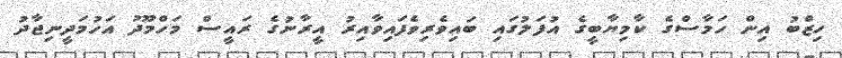
ހިޒްބު އިން ހަމާސްގެ ކާމިޔާބީގެ އުފަލުގައި ބައިވެރިވެފައިވާއިރު އީރާނުގެ ރައީސް މަހްމޫދު އަހުމަދީނިޖާދު